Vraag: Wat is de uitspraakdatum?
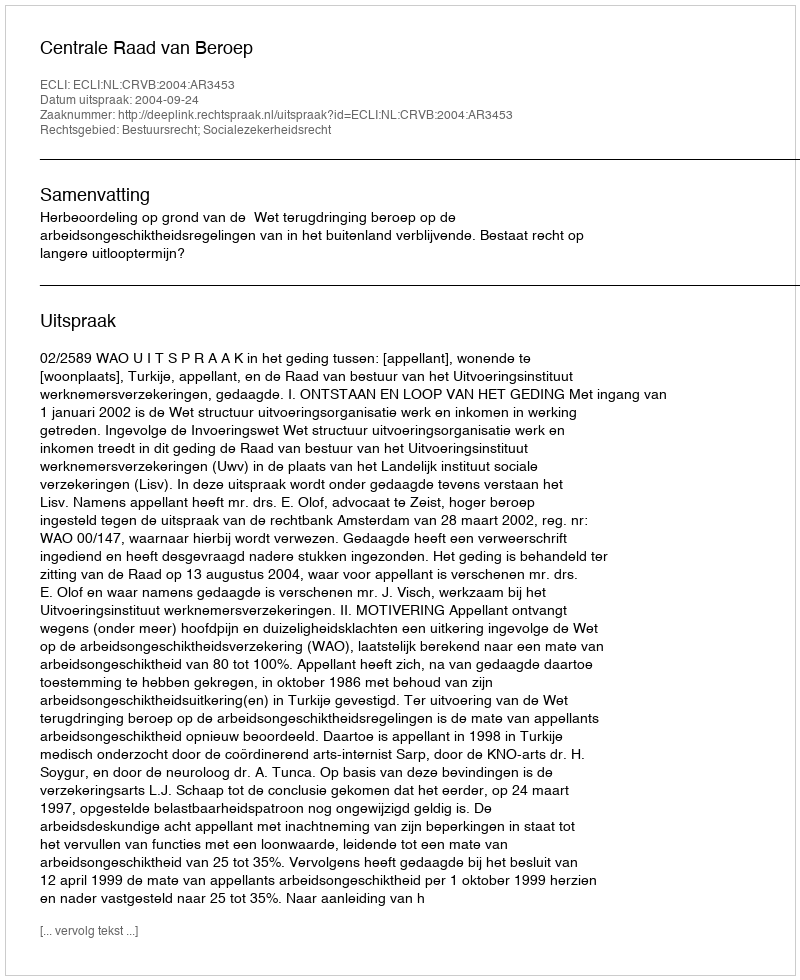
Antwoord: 2004-09-24